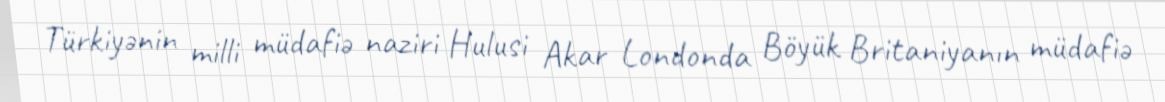
Türkiyənin milli müdafiə naziri Hulusi Akar Londonda Böyük Britaniyanın müdafiə